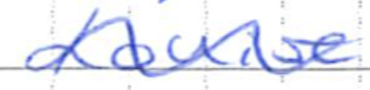
Text: Louis
Cross-out: wave
Writing tool: ballpoint